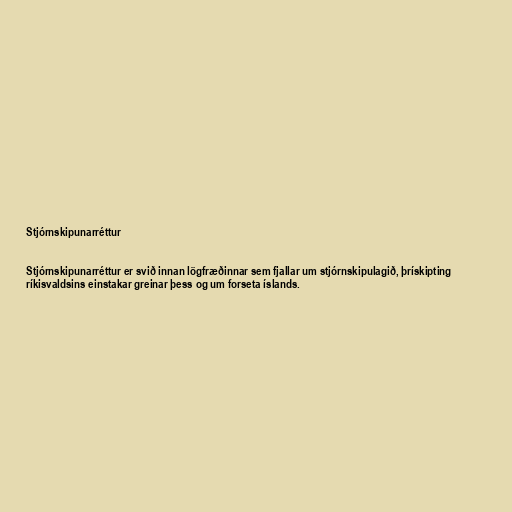
Stjórnskipunarréttur

Stjórnskipunarréttur er svið innan lögfræðinnar sem fjallar um stjórnskipulagið, þrískipting
ríkisvaldsins einstakar greinar þess og um forseta íslands.